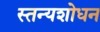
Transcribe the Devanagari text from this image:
स्तन्यशोधन